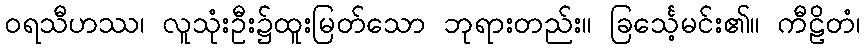
ဝရသီဟဿ၊ လူသုံးဦး၌ထူးမြတ်သော ဘုရားတည်း။ ခြင်္သေ့မင်း၏။ ကီဠိတံ၊